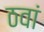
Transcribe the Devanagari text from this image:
ठवां